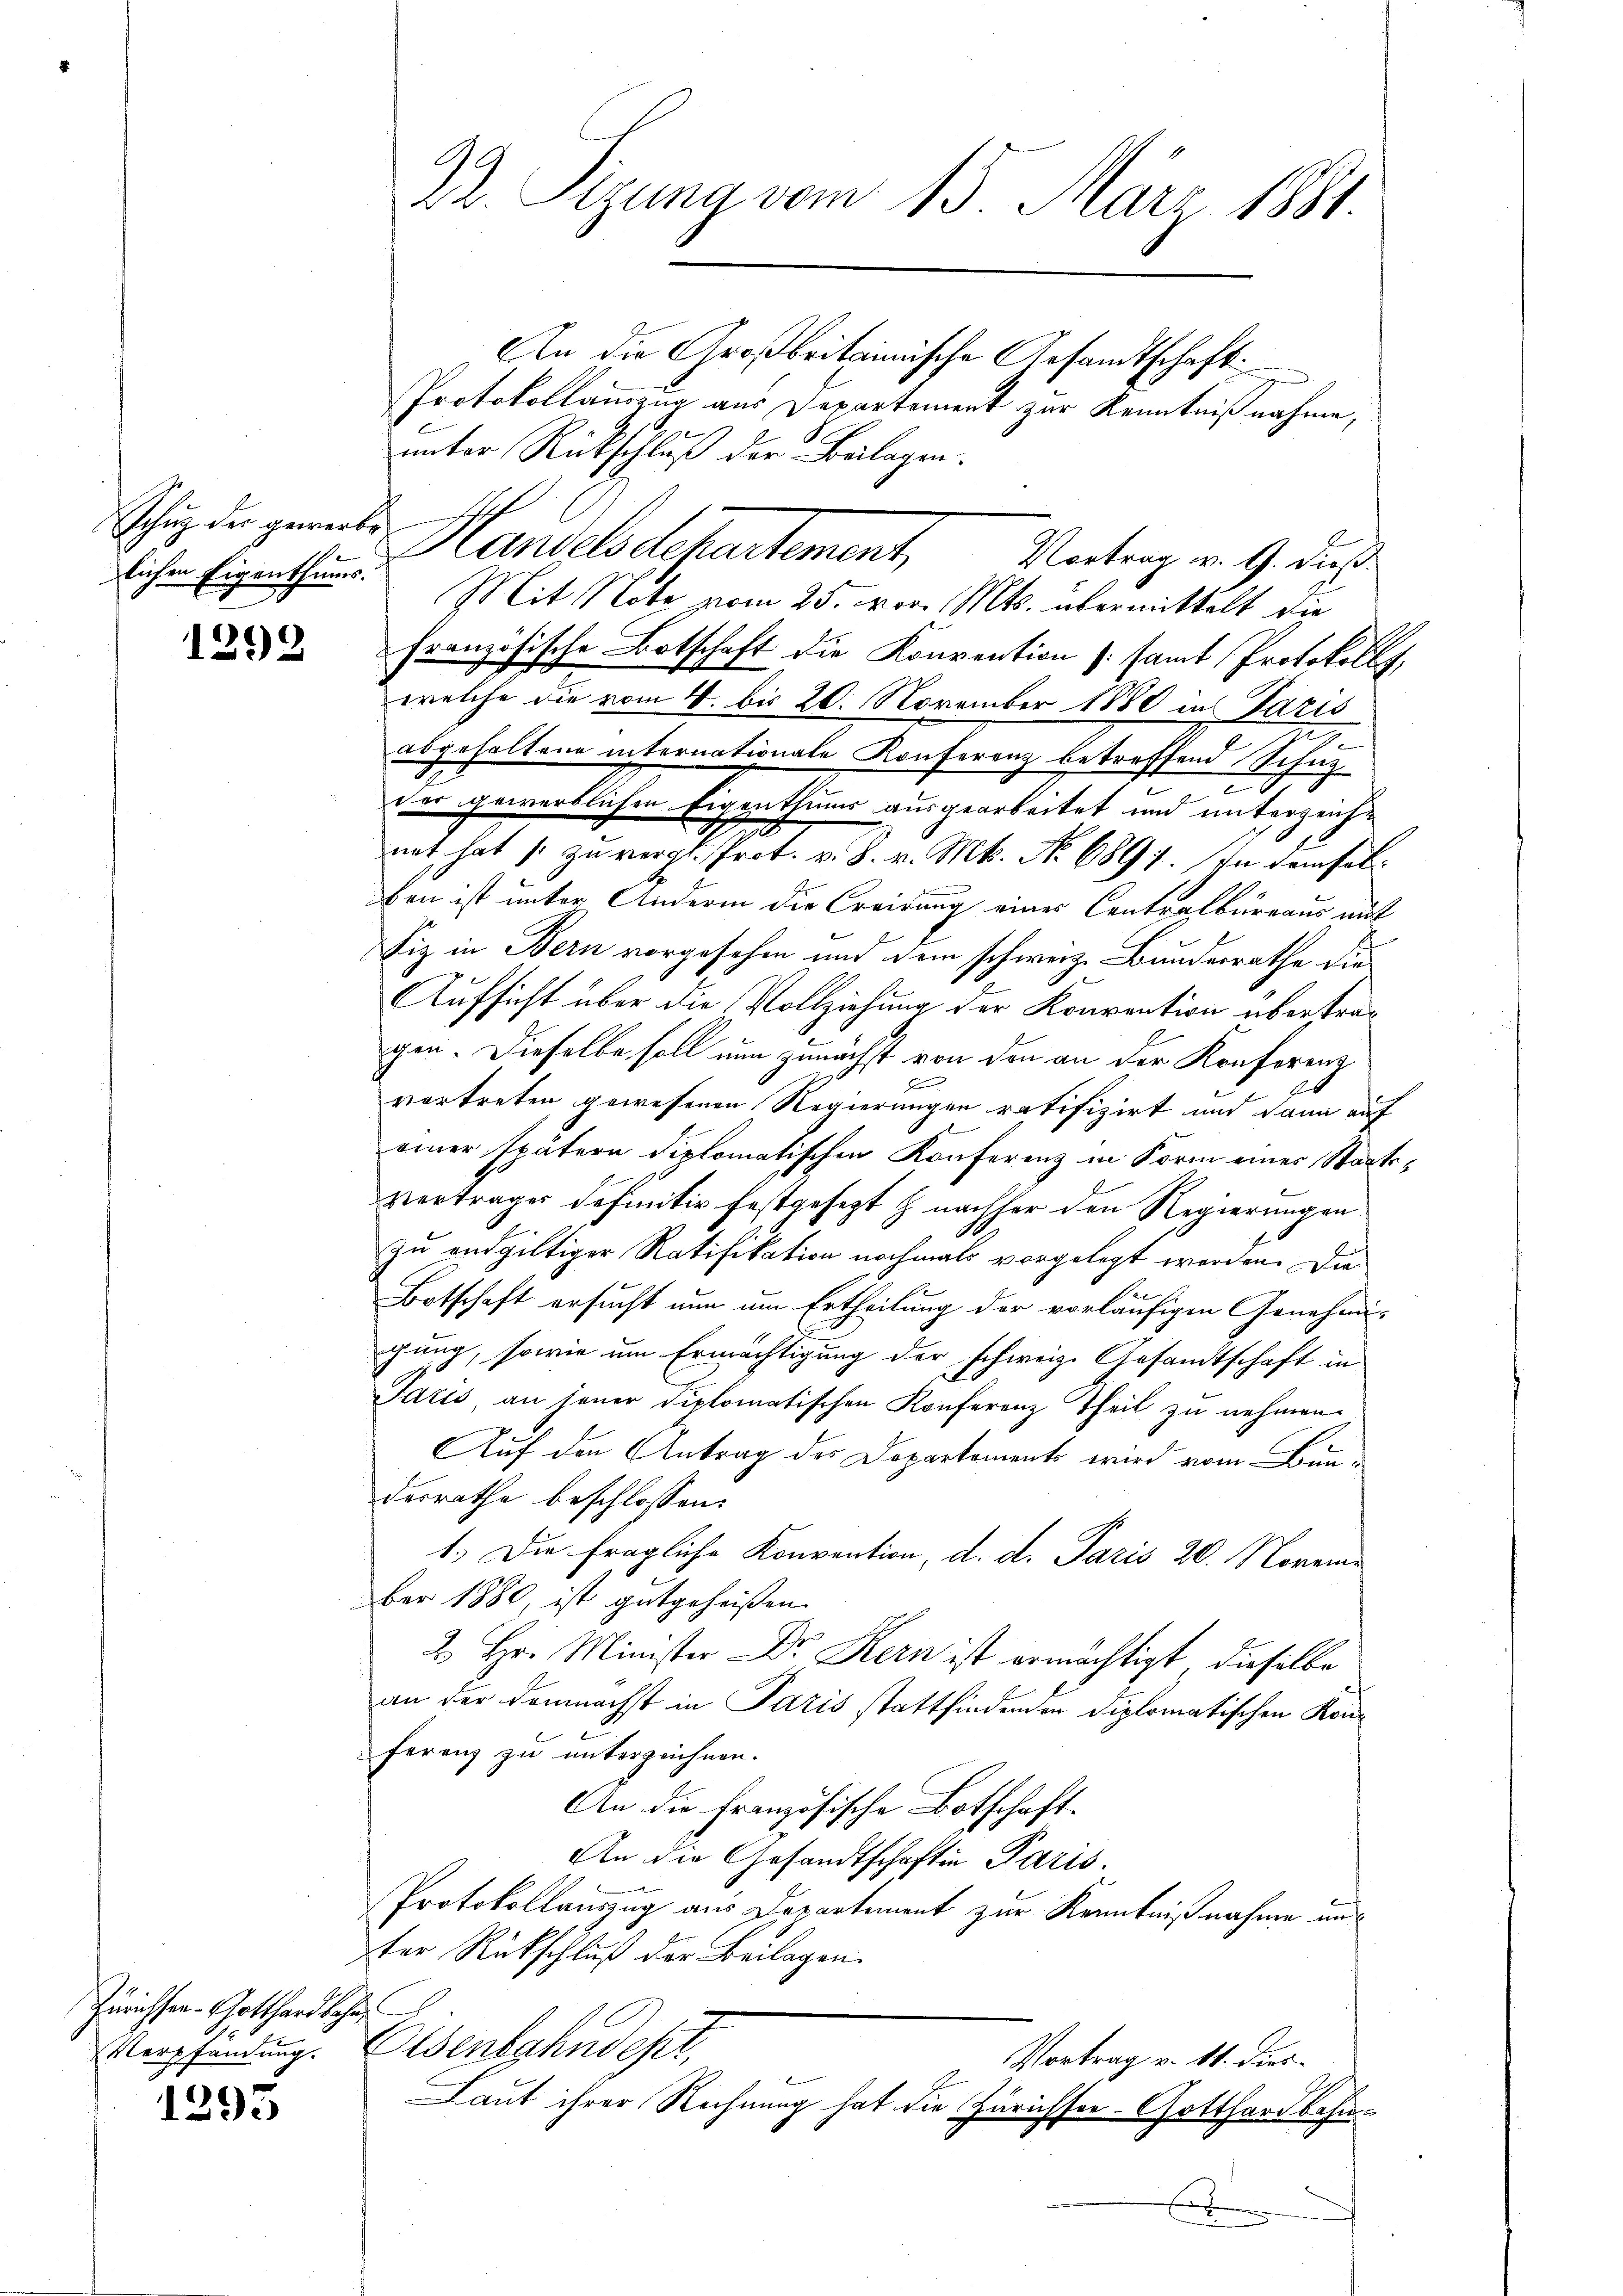
Schutz der gewerbe
lichen Eigenthums.

1292

Zürichsen - Gotthard beha
Verpfändung.

1295

An die Großbritainische Gesandtschaft
Protokollauszug aus Departement zur Kenntnißnahme,
unter Rückschluß der Beilagen.
Hansehndepartement,
französische Botschaft die Konvention (samt Protokolls,
welche die vom 4. bis 20. November 1880 in Paris
.
abgehaltene internationale Konferenz betreffend Schutz
d
.
der gewerblichen Eigenthums ausgearbeitet und unterzeichn
net hat /: zu vergl. Prot. v. 8. v. Mts. No 6891. In demselben ist unter Andern die Creidung einer Centralbureaus auf
Fiz in Bern vorgesehen und dem schweiz. Bundesrathe die
Aufsicht über die Vollziehung der Konvention übertragen. Dieselbe soll nun zunächst von den an der Konferenz
vortreten gewesenen Regierungen ratifizirt und dann auf
einer spätern diplomatischen Konferenz in Form einer Staatsvertrages definitiv festgesezt z nachher den Regierungen
zu endgültiger Ratifikation nochmals vorgelegt werden. Die
Botschaft ersucht nun um Ertheilung der vorläufigen Genehmigung, sowie um Ermächtigung der schweiz. Gesandtschaft in
Paris an jener diplomatischen Konferenz Theil zu nehmen.
Auf den Antrag des Departements wird vom Bundesrathe beschlossen:
1.) Die fragliche Konvention, d. d. Paris 20. November 1880, ist gutgeheißen.
2. Hr. Minister Dr. Kern ist ermächtigt, dieselbe
an der demnächst in Paris stattfindenden Diplomatischen Konferenz zu unterzeichnen.
An die Französische Botschaft-
An die Gesandtschaften Paris.
Protokollauszug aus Departement zur Kenntnißnahme aus
ster Rückschluß der Beilagen.
Eisenbahndept,
Vortrag v. 11. dies
Laut ihrer Rechnung hat die Zürichsee- Gotthardbahn¬
E

Dr. Sigung vom 15. März 1881.

Vortrag v. 9. dieß
Mit Note vom 25. vor. Mts. übermittelt die